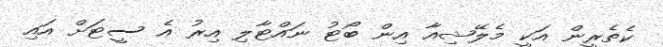
ކެތެރީން އަކީ މެލޭޝިއާ އިން ބޯޓު ނައްޓާލި އިރު އެ ސީޓަށް އައި